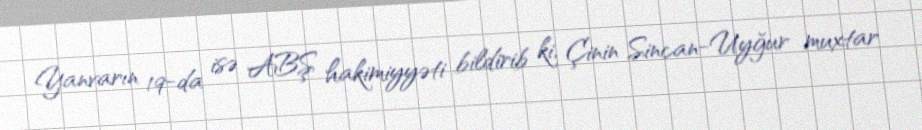
Yanvarın 19-da isə ABŞ hakimiyyəti bildirib ki, Çinin Sincan-Uyğur muxtar